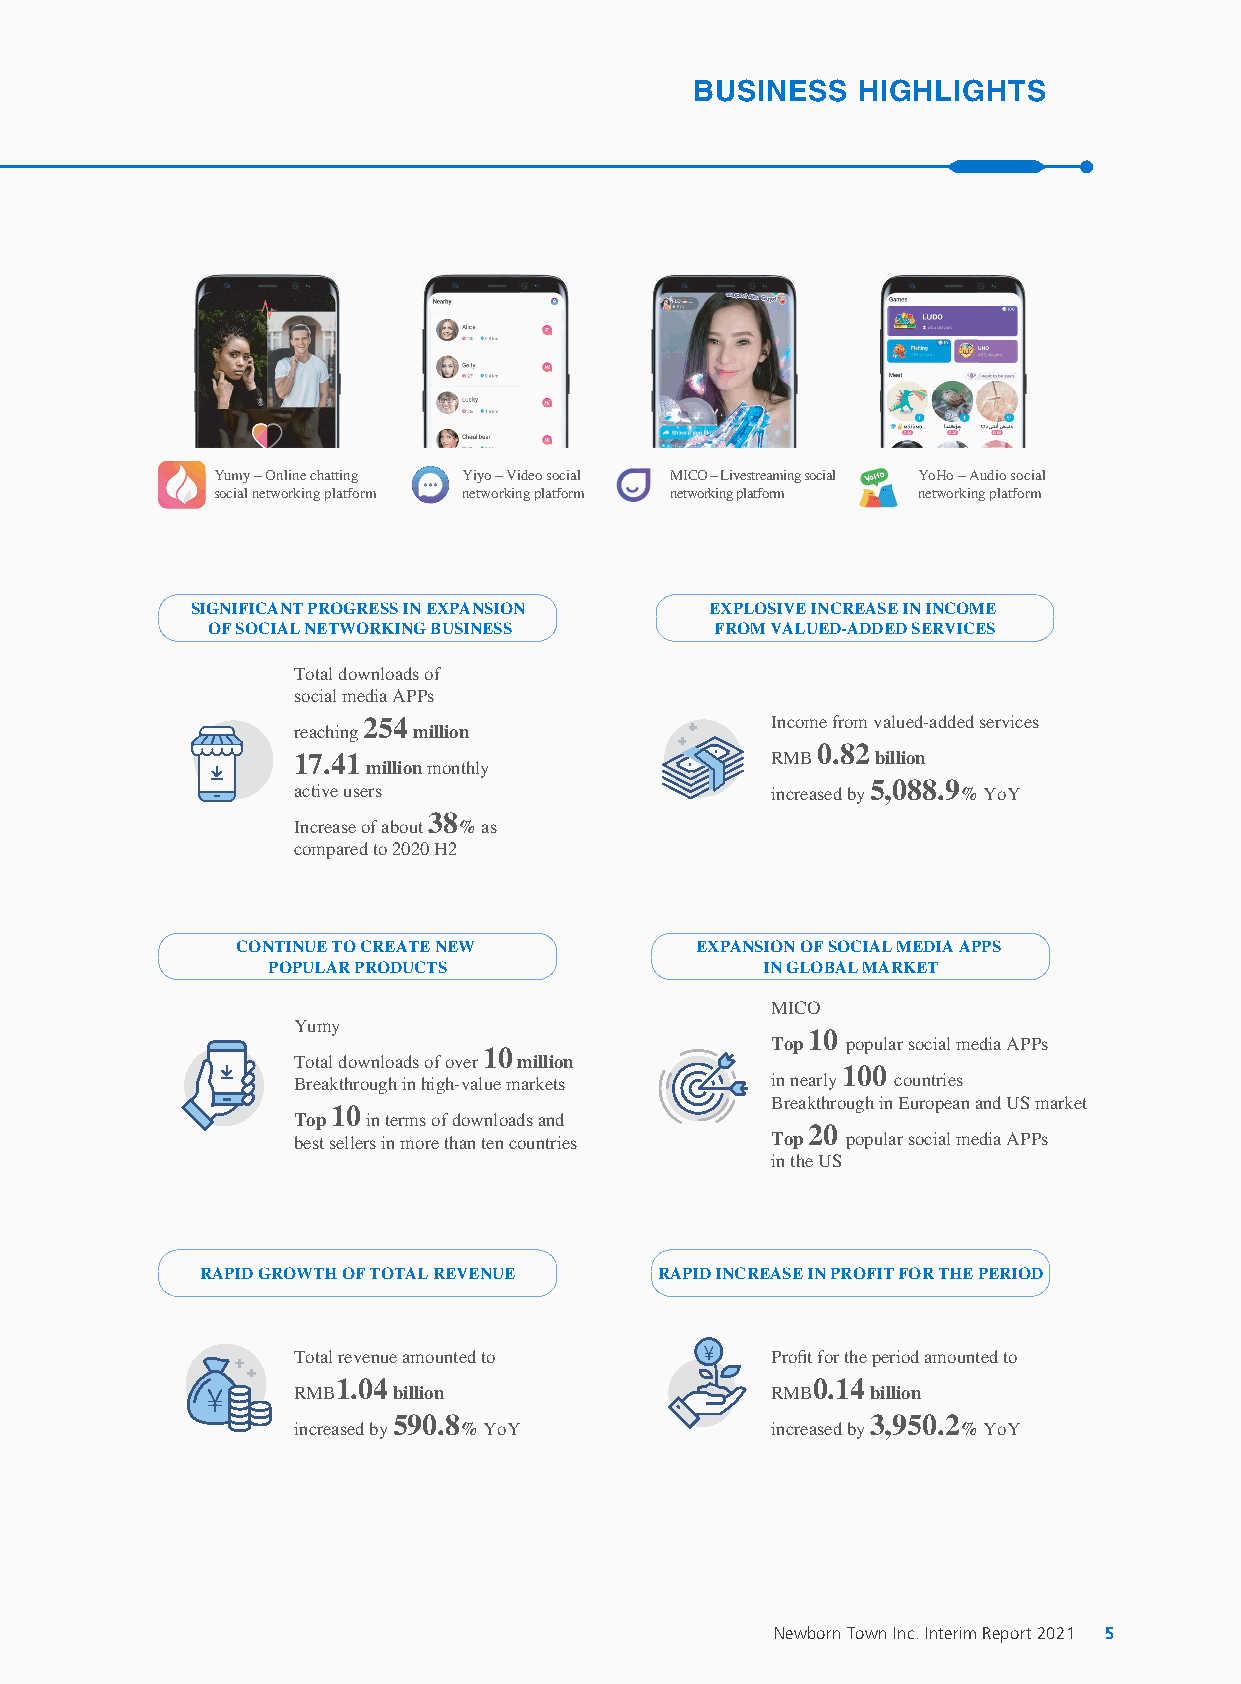
BUSINESS   HIGHLIGHTS
 Yumy – Online chatting Yiyo – Video social MICO – Livestreaming social YoHo – Audio social
 social networking platform networking platform networking platform networking platform
 SIGNIFICANT PROGRESS IN EXPANSION EXPLOSIVE INCREASE IN INCOME
 OF SOCIAL NETWORKING BUSINESS    FROM VALUED-ADDED SERVICES
 Total downloads of
 social media APPs
 254                        Income from valued-added services
 reaching million
 0.82
 17.41                           RMB    billion
 million monthly
 active users                    increased by 5,088.9 % YoY
 38
 Increase of about % as
 compared to 2020 H2
 CONTINUE TO CREATE NEW        EXPANSION OF SOCIAL MEDIA APPS
 POPULAR PRODUCTS                IN GLOBAL MARKET
 MICO
 Yumy
 10
 Top  popular social media APPs
 10
 Total downloads of over million
 100
 Breakthrough in high-value markets in nearly countries
 Breakthrough in European and US market
 10
 Top  in terms of downloads and
 20
 best sellers in more than ten countries Top popular social media APPs
 in the US
 RAPID GROWTH OF TOTAL REVENUE  RAPID INCREASE IN PROFIT FOR THE PERIOD
 Total revenue amounted to       Profit for the period amounted to
 1.04                            0.14
 RMB    billion                  RMB    billion
 590.8                           3,950.2
 increased by % YoY              increased by % YoY
 Newborn Town Inc. Interim Report 2021 5